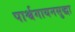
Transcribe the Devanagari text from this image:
पार्श्वगायनसुद्धा